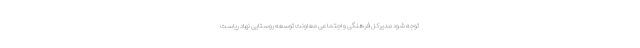
توجه شود مدیرکل فرهنگی و اجتماعی معاونت توسعه روستایی نهاد ریاست